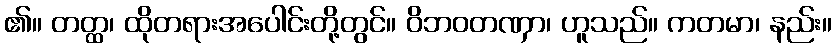
၏။ တတ္ထ၊ ထိုတရားအပေါင်းတို့တွင်။ ဝိဘဝတဏှာ၊ ဟူသည်။ ကတမာ၊ နည်း။